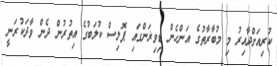
ކުރިއަށްދާއިރު މި މުބާރާތުގެ އަންހެން ޑިވިޜަންގައި ޕޮލިސް ކުލަބުގެ އިތުރުން ދެން ވާދަކުރަނީ